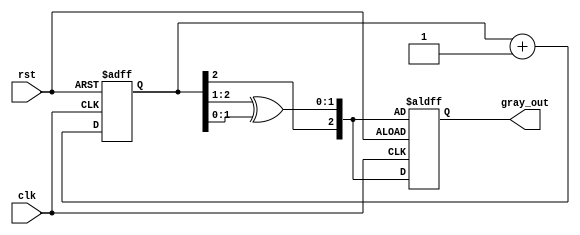
module gray_code_counter (
    input wire clk,
    input wire rst,
    output reg [2:0] gray_out
);
    
    reg [2:0] binary_count;  // 3-bit binary counter

    // Gray code conversion function
    function [2:0] binary_to_gray;
        input [2:0] binary;
        begin
            binary_to_gray = {binary[2], binary[2:1] ^ binary[1:0]};
        end
    endfunction

    // Sequential logic for counter operation
    always @(posedge clk or posedge rst) begin
        if (rst) begin
            // Reset to initial Gray code 000
            binary_count <= 3'b000;
            gray_out <= binary_to_gray(binary_count);
        end else begin
            // Increment binary counter
            binary_count <= binary_count + 1;

            // Update Gray code output
            gray_out <= binary_to_gray(binary_count);
        end
    end

endmodule